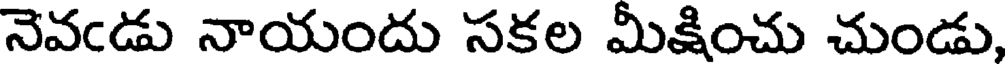
నెవండు నాయందు సకల మీక్షించు చుండు,